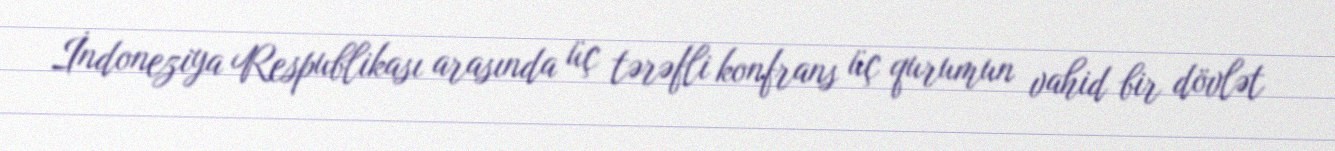
İndoneziya Respublikası arasında üç tərəfli konfrans üç qurumun vahid bir dövlət